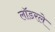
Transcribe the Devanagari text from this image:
लॉडरले